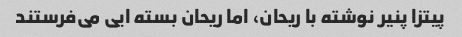
پیتزا پنیر نوشته با ریحان، اما ریحان بسته ایی می‌فرستند